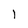
Character: 1